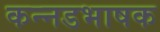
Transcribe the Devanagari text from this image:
कन्‍नडभाषक